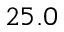
2 5 . 0